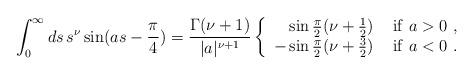
LaTeX: \begin{align*} \int_0^\infty ds\, s^\nu\sin(as-\frac{\pi}{4}) =\frac{\Gamma(\nu+1)}{|a|^{\nu+1}}\left\{ \begin{array}{rl} \sin\frac{\pi}{2} (\nu+\frac{1}{2}) &\ {\rm if }\ a>0\ ,\\ -\sin\frac{\pi}{2}(\nu+\frac{3}{2}) &\ {\rm if }\ a<0\ . \end{array}\right.\end{align*}